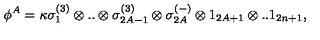
\phi ^ { A } = \kappa \sigma _ { 1 } ^ { ( 3 ) } \otimes . . \otimes \sigma _ { 2 A - 1 } ^ { ( 3 ) } \otimes \sigma _ { 2 A } ^ { ( - ) } \otimes 1 _ { 2 A + 1 } \otimes . . 1 _ { 2 n + 1 } ,